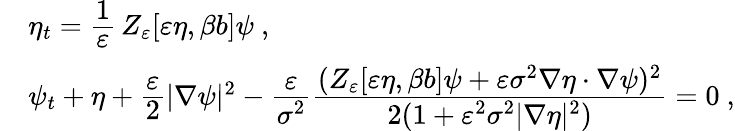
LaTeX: \begin{array}{rl}&{\eta_{t}=\cfrac{1}{\varepsilon}\, Z_{\varepsilon}[\varepsilon\eta,\beta b]\psi\ ,}\\ &{\psi_{t}+\eta+\cfrac{\varepsilon}{2}|\nabla\psi|^{2}-\cfrac{\varepsilon}{\sigma^{2}}\cfrac{(Z_{\varepsilon}[\varepsilon\eta,\beta b]\psi+\varepsilon\sigma^{2}\nabla\eta\cdot\nabla\psi)^{2}}{2(1+\varepsilon^{2}\sigma^{2}|\nabla\eta|^{2})}=0\ ,}\end{array}